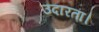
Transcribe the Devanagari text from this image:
उदारता।